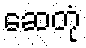
ဆေတုံ